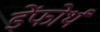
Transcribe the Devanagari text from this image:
डेंफोर्थ